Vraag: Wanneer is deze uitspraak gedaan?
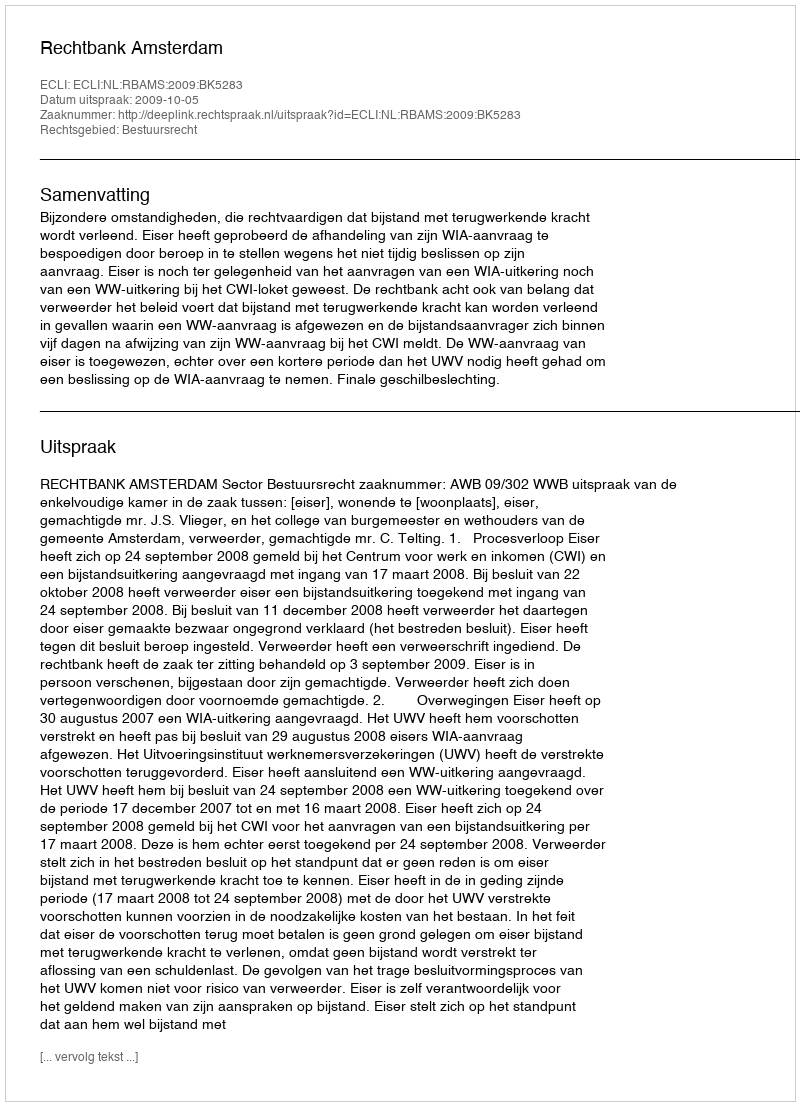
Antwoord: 2009-10-05